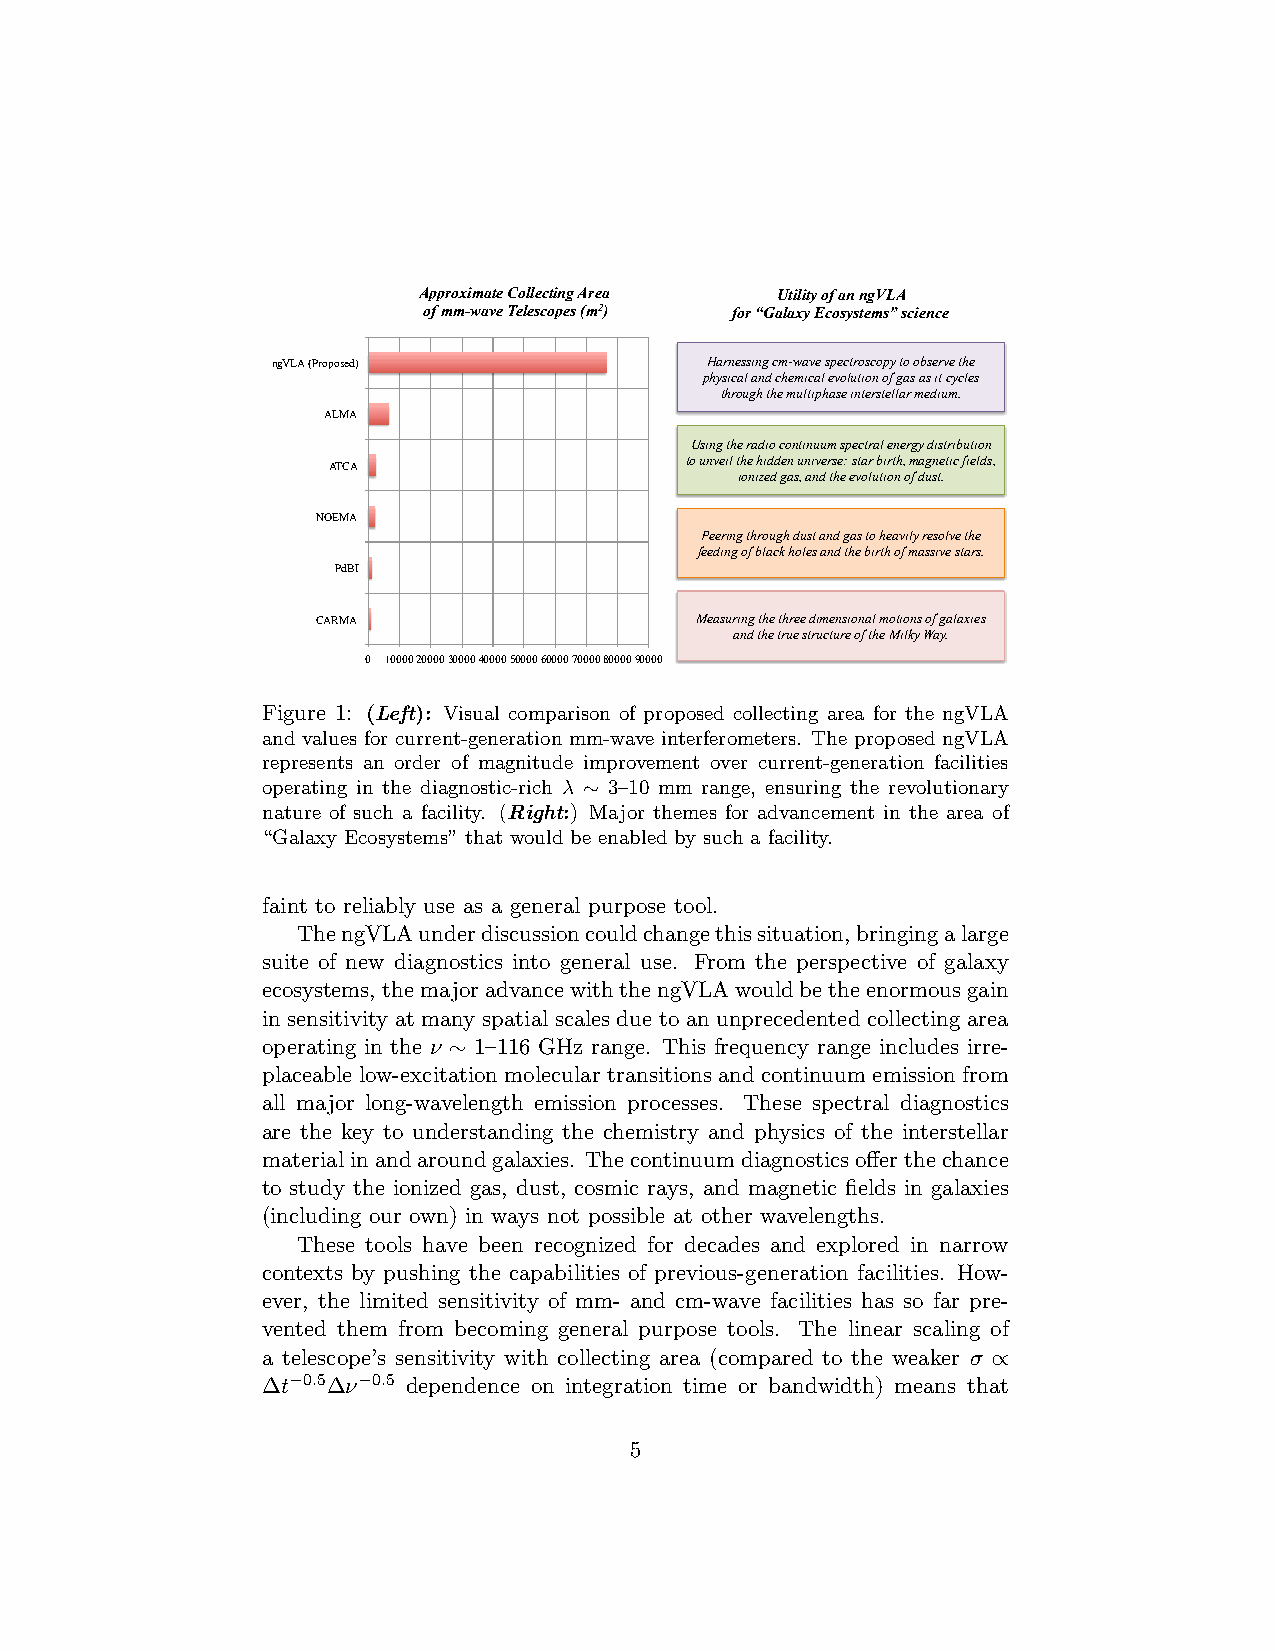
Approximate Collecting Area Utility of an ngVLA
 of mm-wave Telescopes (m2) for “Galaxy Ecosystems” science
 ngVLA (Proposed)             Harnessing cm-wave spectroscopy to observe the
 physical and chemical evolution of gas as it cycles
 through the multiphase interstellar medium.
 ALMA
 Using the radio continuum spectral energy distribution
 to unveil the hidden universe: star birth, magnetic fields,
 ATCA
 ionized gas, and the evolution of dust.
 NOEMA
 Peering through dust and gas to heavily resolve the
 feeding of black holes and the birth of massive stars.
 PdBI
 CARMA                    Measuring the three dimensional motions of galaxies
 and the true structure of the Milky Way.
 0 10000 20000 30000 40000 50000 60000 70000 80000 90000
 Figure 1: (Left): Visual comparison of proposed collecting area for the ngVLA
 and values for current-generation mm-wave interferometers. The proposed ngVLA
 represents an order of magnitude improvement over current-generation facilities
 operating in the diagnostic-rich λ ∼ 3–10 mm range, ensuring the revolutionary
 nature of such a facility. (Right:) Major themes for advancement in the area of
 “Galaxy Ecosystems” that would be enabled by such a facility.
 faint to reliably use as a general purpose tool.
 ThengVLAunderdiscussioncouldchangethissituation,bringingalarge
 suite of new diagnostics into general use. From the perspective of galaxy
 ecosystems,themajoradvancewiththengVLAwouldbetheenormousgain
 in sensitivity at many spatial scales due to an unprecedented collecting area
 operating in the ν ∼ 1–116 GHz range. This frequency range includes irre-
 placeable low-excitation molecular transitions and continuum emission from
 all major long-wavelength emission processes. These spectral diagnostics
 are the key to understanding the chemistry and physics of the interstellar
 materialinandaroundgalaxies. Thecontinuumdiagnosticsofferthechance
 to study the ionized gas, dust, cosmic rays, and magnetic fields in galaxies
 (including our own) in ways not possible at other wavelengths.
 These tools have been recognized for decades and explored in narrow
 contexts by pushing the capabilities of previous-generation facilities. How-
 ever, the limited sensitivity of mm- and cm-wave facilities has so far pre-
 vented them from becoming general purpose tools. The linear scaling of
 a telescope’s sensitivity with collecting area (compared to the weaker σ ∝
 ∆t−0.5∆ν−0.5 dependence on integration time or bandwidth) means that
 5